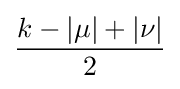
{\frac {k-|\mu |+|\nu |}{2}}